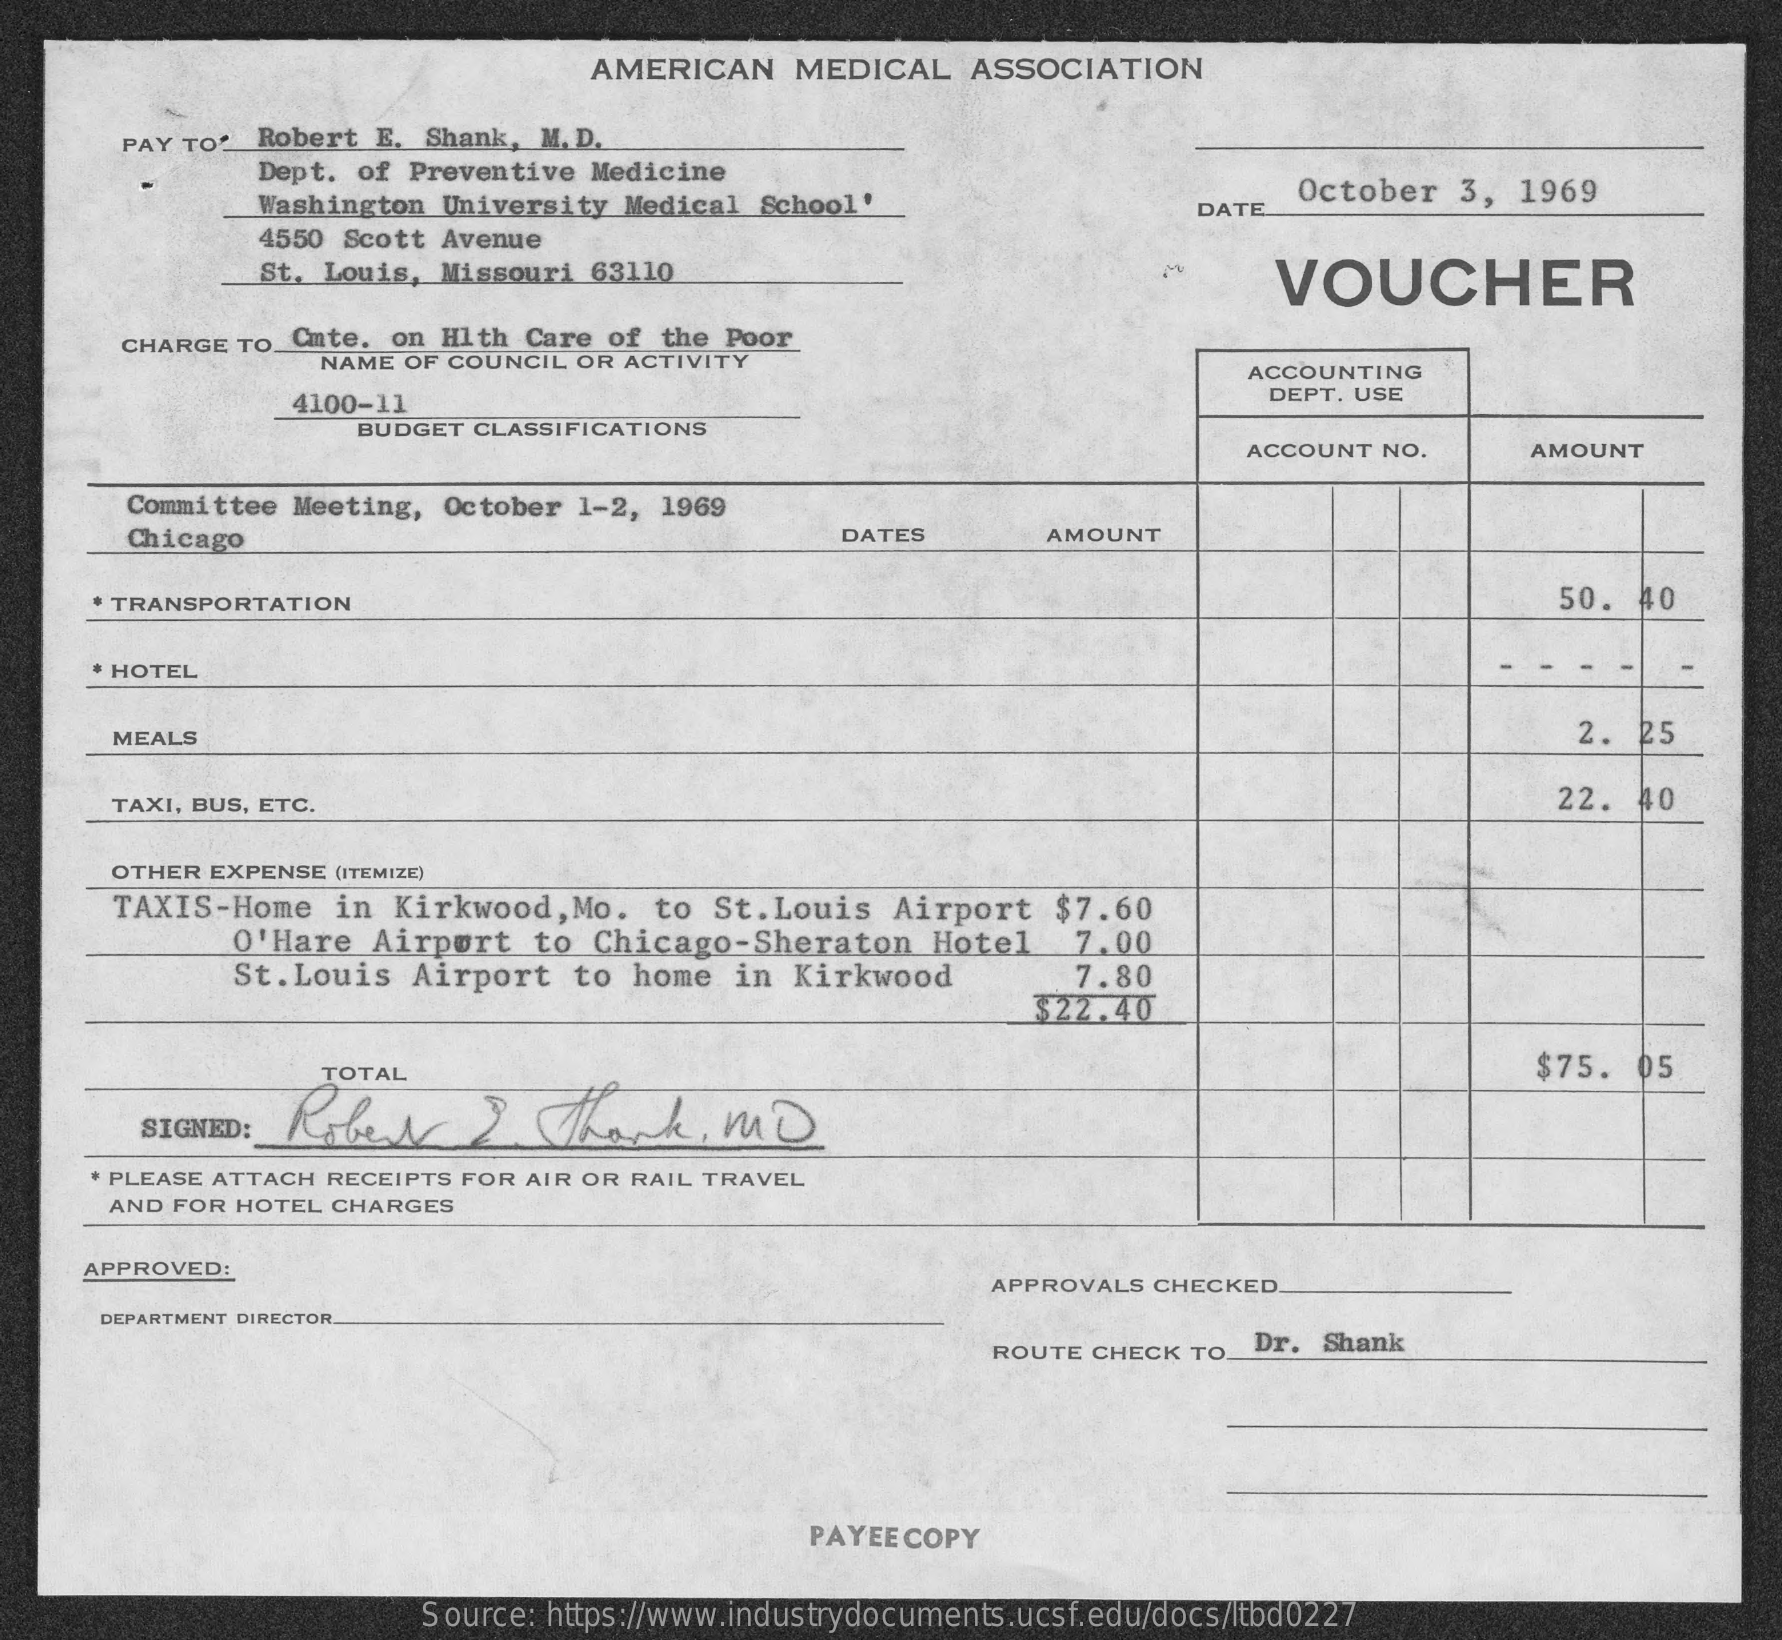
AMERICAN    MEDICAL    ASSOCIATION
     PAY TO. Robert  E. Shank, M. D.
     Dept.  of Preventive Medicine
     Washington  University Medical  School'    DATE
     October   3,  1969
     4550 Scott Avenue
     St. Louis, Missouri 63110    VOUCHER
     CHARGE TO_Cute.  on Hlth Care  of the Poor
     NAME  OF COUNCIL OR ACTIVITY
     ACCOUNTING
     4100-11    DEPT. USE
     BUDGET CLASSIFICATIONS
     ACCOUNT NO.    AMOUNT
     Committee Meeting,  October 1-2,  1969
     Chicago    DATES    AMOUNT
     TRANSPORTATION    50. 40
     HOTEL
     MEALS    2. 25
     TAXI, BUS, ETC.    22.  40
     OTHER EXPENSE (ITEMIZE)
     TAXIS-Home   in  Kirkwood,  Mo.  to  St. Louis  Airport    $7.60
     O'Hare  Airport    to  Chicago-Sheraton    Hotel    7.00
     St.Louis   Airport   to  home  in  Kirkwood    7.80
     $22.40
     Robe   x    2   thank    m   D
     TOTAL    $75.  05
     SIGNED:
     PLEASE ATTACH RECEIPTS FOR AIR OR RAIL TRAVEL
     AND FOR HOTEL CHARGES
     APPROVED:
     APPROVALS CHECKED
     DEPARTMENT DIRECTOR.
     ROUTE CHECK TO. Dr.  Shank
     PAYEE COPY
     Source: https://www.industrydocuments.ucsf.edu/docs/ltbd0227